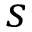
s